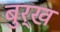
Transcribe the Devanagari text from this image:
बुर्ख